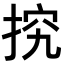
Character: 𢭕